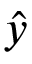
\hat { y }